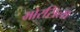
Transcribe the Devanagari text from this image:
मोरसिला